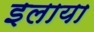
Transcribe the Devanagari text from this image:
इलाया